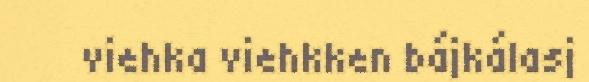
viehka viehkken bájkálasj